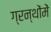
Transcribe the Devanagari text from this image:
ग्रन्थोंमें